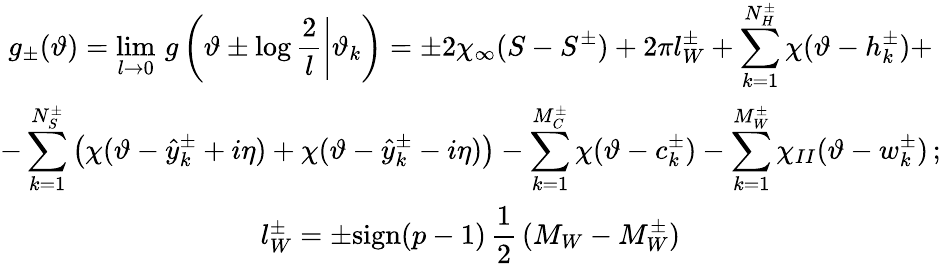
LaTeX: \begin{array}{c}{{\displaystyle g_{\pm}(\vartheta)=\operatorname*{lim}_{l\rightarrow 0}\, g\left(\left.\vartheta\pm\log\displaystyle\frac{2}{l}\right|\vartheta_{k}\right)=\pm 2\chi_{\infty}(S-S^{\pm})+2\pi l_{W}^{\pm}+\displaystyle\sum_{k=1}^{N_{H}^{\pm}}\chi(\vartheta-h_{k}^{\pm})+}}\\ {{-\displaystyle\sum_{k=1}^{N_{S}^{\pm}}\left(\chi(\vartheta-\hat{y}_{k}^{\pm}+i\eta)+\chi(\vartheta-\hat{y}_{k}^{\pm}-i\eta)\right)-\displaystyle\sum_{k=1}^{M_{C}^{\pm}}\chi(\vartheta-c_{k}^{\pm})-\displaystyle\sum_{k=1}^{M_{W}^{\pm}}\chi_{II}(\vartheta-w_{k}^{\pm})\, ;}}\\ {{l_{W}^{\pm}=\pm\textrm{sign}(p-1)\, \displaystyle\frac{1}{2}\, (M_{W}-M_{W}^{\pm})}}\end{array}